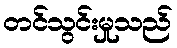
တင်သွင်းမှုသည်